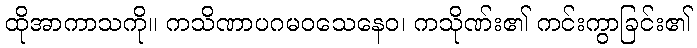
ထိုအာကာသကို။ ကသိဏာပဂမဝသေနေဝ၊ ကသိုဏ်း၏ ကင်းကွာခြင်း၏